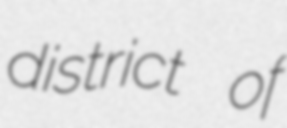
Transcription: district of